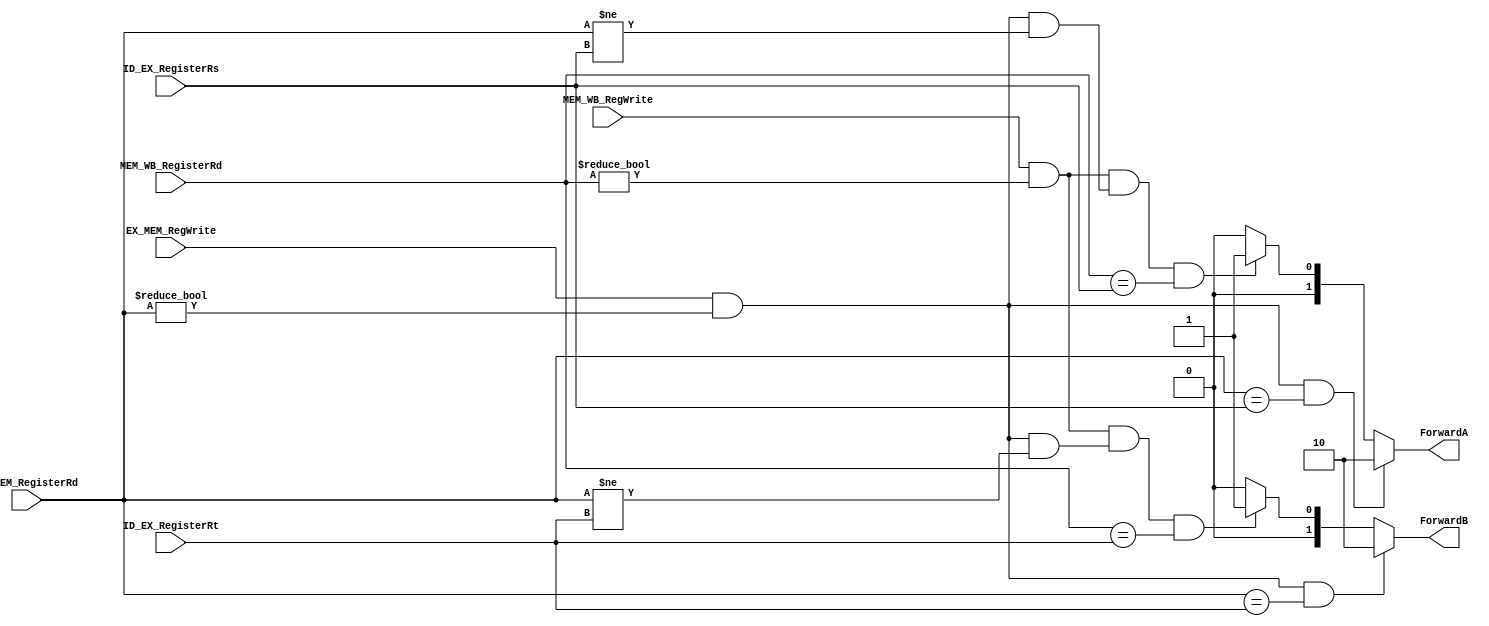
module forwarding_unit(ForwardA, ForwardB, ID_EX_RegisterRs, ID_EX_RegisterRt, EX_MEM_RegisterRd, MEM_WB_RegisterRd,
	EX_MEM_RegWrite, MEM_WB_RegWrite);

input wire [4:0] ID_EX_RegisterRs, ID_EX_RegisterRt, EX_MEM_RegisterRd, MEM_WB_RegisterRd;
input wire EX_MEM_RegWrite, MEM_WB_RegWrite;
output reg [1:0] ForwardA, ForwardB;


always@(ID_EX_RegisterRs or ID_EX_RegisterRt or EX_MEM_RegisterRd or MEM_WB_RegisterRd or
	EX_MEM_RegWrite or MEM_WB_RegWrite)
begin

//ForwardA

//EX hazard
if(EX_MEM_RegWrite && EX_MEM_RegisterRd != 5'd0 && EX_MEM_RegisterRd == ID_EX_RegisterRs)
	ForwardA = 2'b10;

//MEM hazard
else if (MEM_WB_RegWrite && (MEM_WB_RegisterRd != 5'd0)
&& (EX_MEM_RegWrite  && (EX_MEM_RegisterRd != 5'd0) && (EX_MEM_RegisterRd != ID_EX_RegisterRs)) 
&& (MEM_WB_RegisterRd == ID_EX_RegisterRs))
	ForwardA = 2'b01;

else 
	ForwardA = 2'b00;

//ForwardB

//EX hazard
if(EX_MEM_RegWrite && EX_MEM_RegisterRd != 5'd0 && EX_MEM_RegisterRd == ID_EX_RegisterRt)
	ForwardB = 2'b10;


//MEM hazard
else if (MEM_WB_RegWrite 
&& (MEM_WB_RegisterRd != 5'd0)
&& (EX_MEM_RegWrite  && (EX_MEM_RegisterRd != 5'd0) && (EX_MEM_RegisterRd != ID_EX_RegisterRt))
&& (MEM_WB_RegisterRd == ID_EX_RegisterRt))
	ForwardB = 2'b01;

else 
	ForwardB = 2'b00;

end

endmodule